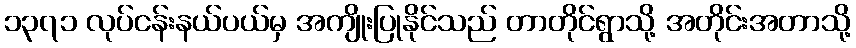
၁၃၇၁ လုပ်ငန်းနယ်ပယ်မှ အကျိုးပြုနိုင်သည် တာတိုင်ရွာသို့ အတိုင်းအတာသို့